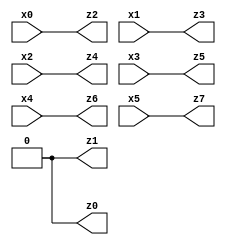
// Benchmark "X_5" written by ABC on Wed Jun 07 00:27:44 2023

module X_65 ( 
    x0, x1, x2, x3, x4, x5,
    z0, z1, z2, z3, z4, z5, z6, z7  );
  input  x0, x1, x2, x3, x4, x5;
  output z0, z1, z2, z3, z4, z5, z6, z7;
  assign z0 = 1'b0;
  assign z1 = 1'b0;
  assign z2 = x0;
  assign z3 = x1;
  assign z4 = x2;
  assign z5 = x3;
  assign z6 = x4;
  assign z7 = x5;
endmodule